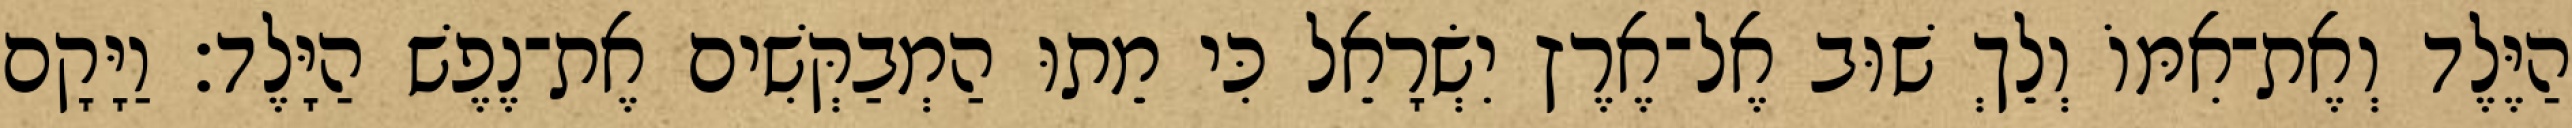
הַיֶּלֶד וְאֶת־אִמּוֹ וְלֵךְ שׁוּב אֶל־אֶרֶץ יִשְׂרָאֵל כִּי מֵתוּ הַמְבַקְּשִׁים אֶת־נֶפֶשׁ הַיָּלֶד׃ וַיָּקָם